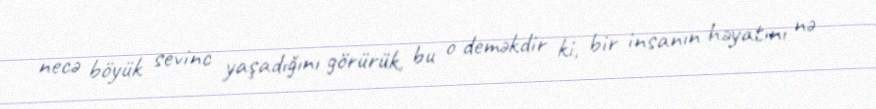
necə böyük sevinc yaşadığını görürük, bu o deməkdir ki, bir insanın həyatını nə